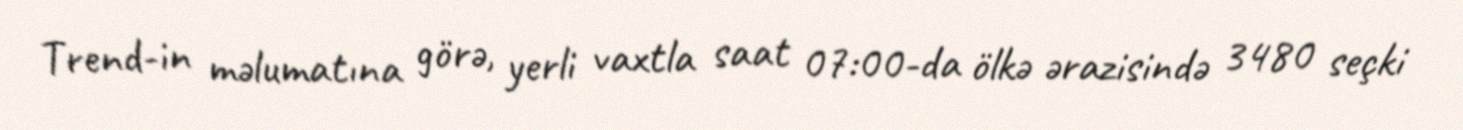
Trend-in məlumatına görə, yerli vaxtla saat 07:00-da ölkə ərazisində 3480 seçki